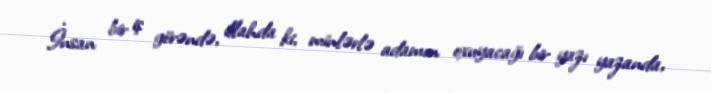
İnsan bir iş görəndə, illahda ki, minlərlə adamın oxuyacağı bir yazı yazanda,